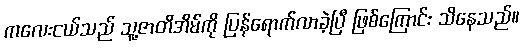
ကလေးငယ်သည် သူ့ဇာတိအိမ်ကို ပြန်ရောက်လာခဲ့ပြီ ဖြစ်ကြောင်း သိနေသည်။